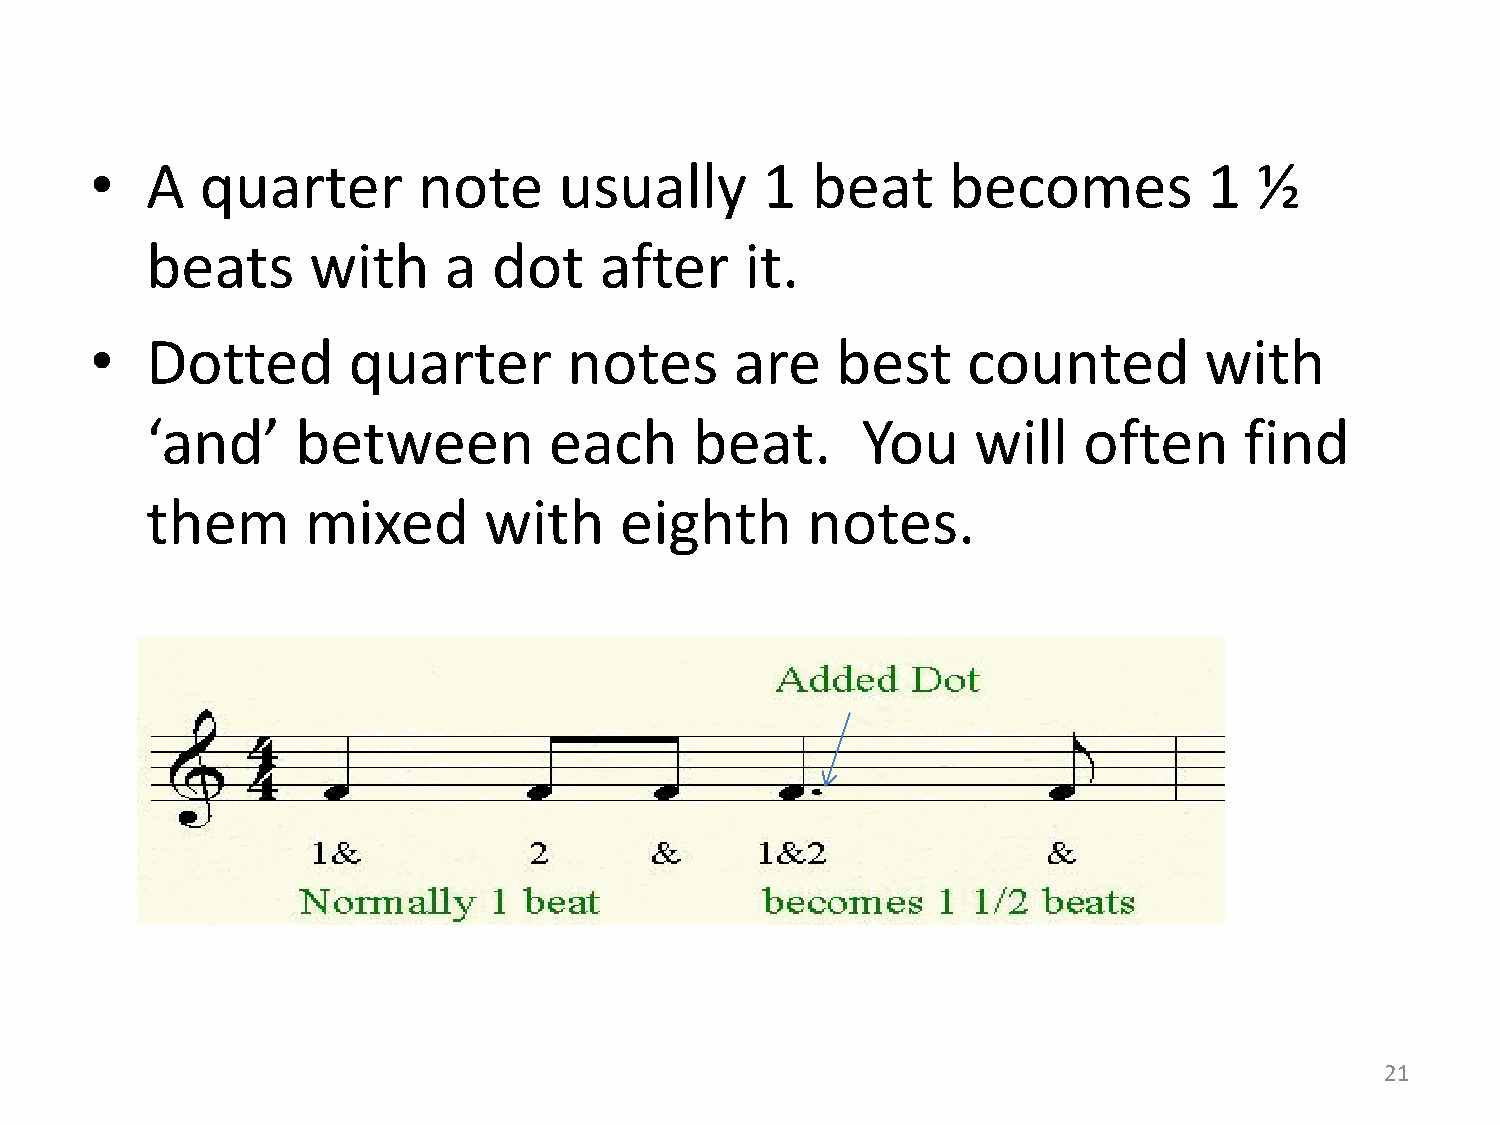
•   A  quarter        note     usually      1   beat     becomes          1  ½
 beats     with     a   dot    after    it.
 •   Dotted       quarter        notes      are   best     counted         with
 ‘and’     between         each      beat.      You    will    often     find
 them      mixed       with     eighth      notes.
 21